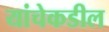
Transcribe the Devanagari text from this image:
यांचेकडील